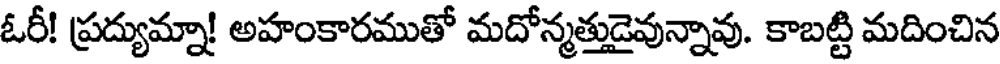
ఓరీ! ప్రద్యుమ్నా! అహంకారముతో మదోన్మత్తుడైవున్నావు. కాబట్టి మదించిన